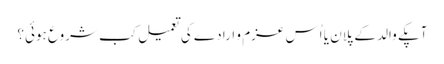
آپکے والد کے پلان یا اُس عزم و ارادے کی تعمیل کب شروع ہوئیَ؟